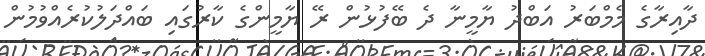
ދާއިރާގެ މެމްބަރު އަބްދު ޔާމީނާ ދެ ބޭފުޅުން ރޭ ޔާމީންގެ ކާރުގައި ބައްދަލުކުރެއްވުމުން